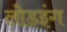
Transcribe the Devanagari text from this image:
लोडइंग